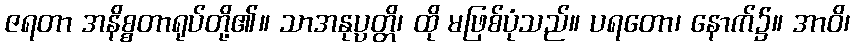
ဇရတာ အနိစ္စတာရုပ်တို့၏။ သာအနုပ္ပတ္တိ၊ ထို မဖြစ်ပုံသည်။ ပရတော၊ နောက်၌။ အာဝိ၊